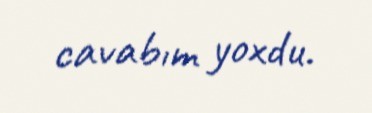
cavabım yoxdu.